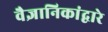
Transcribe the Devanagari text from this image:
वैज्ञानिकांद्वारे